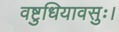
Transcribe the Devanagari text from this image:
वष्टुधियावसुः।